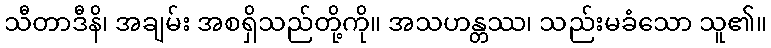
သီတာဒီနိ၊ အချမ်း အစရှိသည်တို့ကို။ အသဟန္တဿ၊ သည်းမခံသော သူ၏။